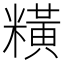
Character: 䊣